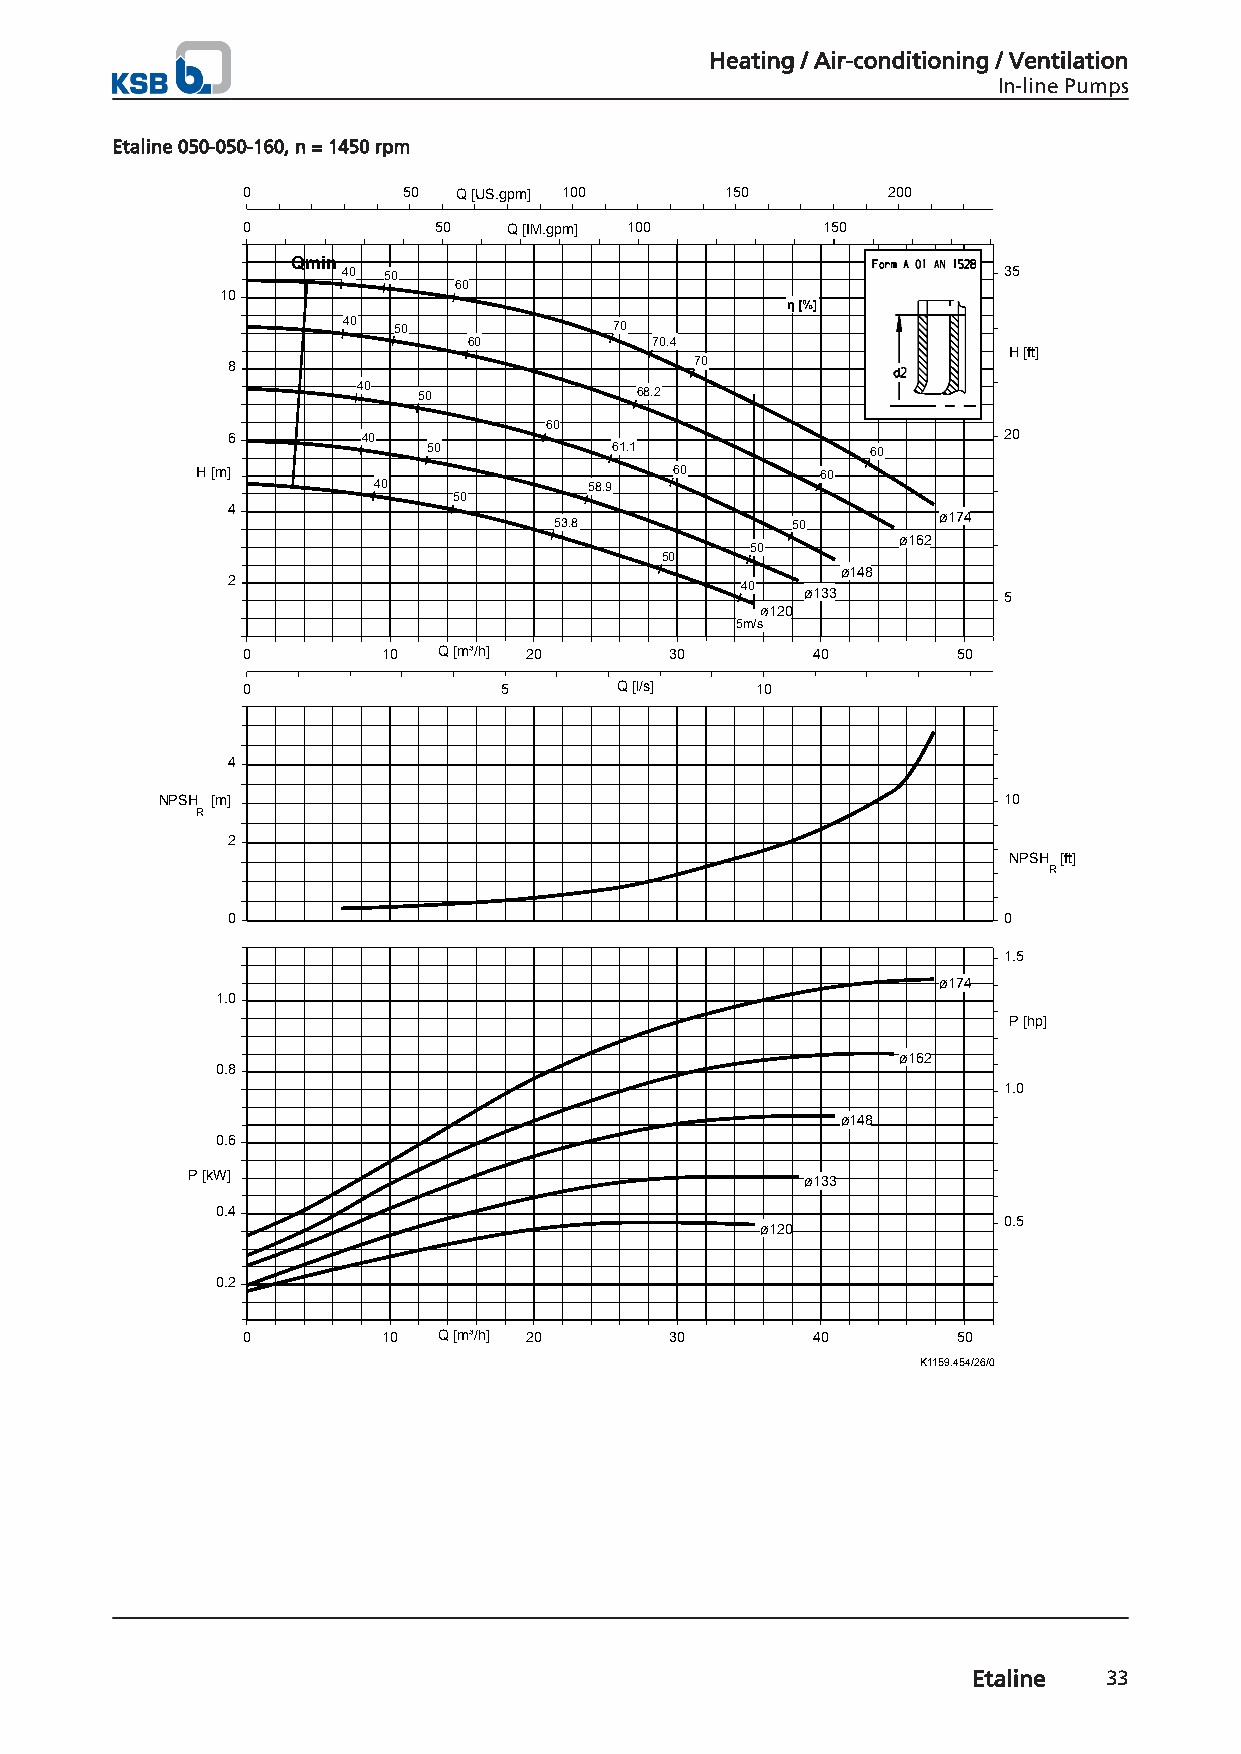
Heating / Air-conditioning / Ventilation
 In-line Pumps
 Etaline 050-050-160, n = 1450 rpm
 0          50 Q [US.gpm] 100    150        200
 0            50   Q [IM.gpm] 100      150
 Qmin
 40 50                                      35
 60
 10
 η [%]
 40 50             70
 60          70.4
 H [ft]
 8                              70
 40
 50            68.2
 60
 6        40                                        20
 50          61.1              60
 H [m]                           60       60
 40            58.9
 50
 4
 ø174
 53.8           50
 ø162
 50
 50
 ø148
 2                                 40
 ø133         5
 ø120
 5m/s
 0        10  Q [m³/h] 20    30        40       50
 0                5       Q [l/s]  10
 4
 NPSH [m]                                                10
 R
 2
 NPSH [ft]
 R
 0                                                  0
 1.5
 ø174
 1.0
 P [hp]
 ø162
 0.8
 1.0
 ø148
 0.6
 P [kW]
 ø133
 0.4
 0.5
 ø120
 0.2
 0        10  Q [m³/h] 20    30        40       50
 K1159.454/26/0
 Etaline  33